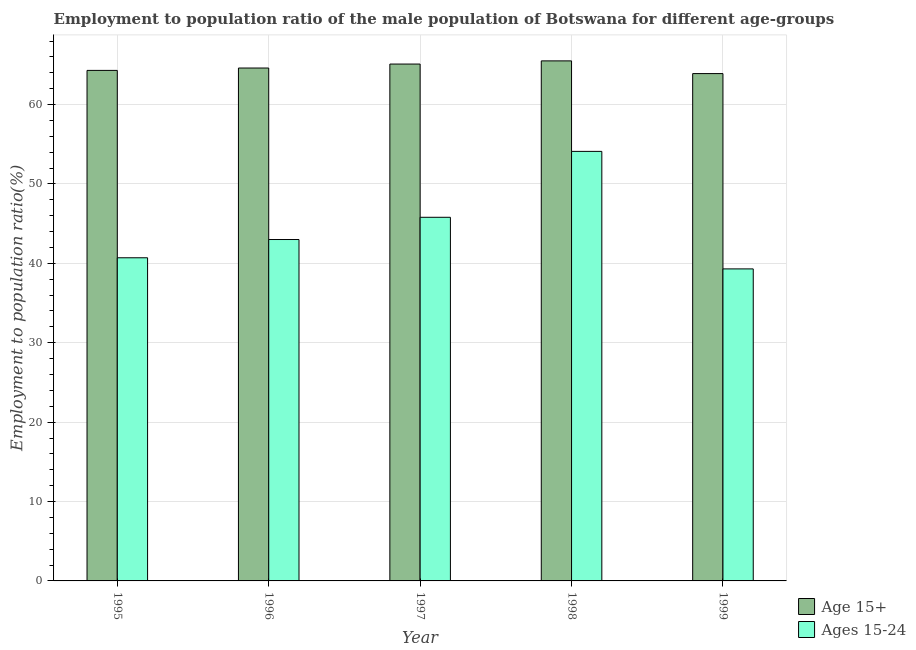
| Year | Age 15+ | Ages 15-24 |
 | --- | --- | --- |
 | 1995 | 64.3 | 40.7 |
 | 1996 | 64.6 | 43 |
 | 1997 | 65.1 | 45.8 |
 | 1998 | 65.5 | 54.1 |
 | 1999 | 63.9 | 39.3 |